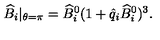
\widehat B _ { i } | _ { \theta = \pi } = { \widehat B } _ { i } ^ { 0 } ( 1 + \hat { q } _ { i } { \widehat B } _ { i } ^ { 0 } ) ^ { 3 } .